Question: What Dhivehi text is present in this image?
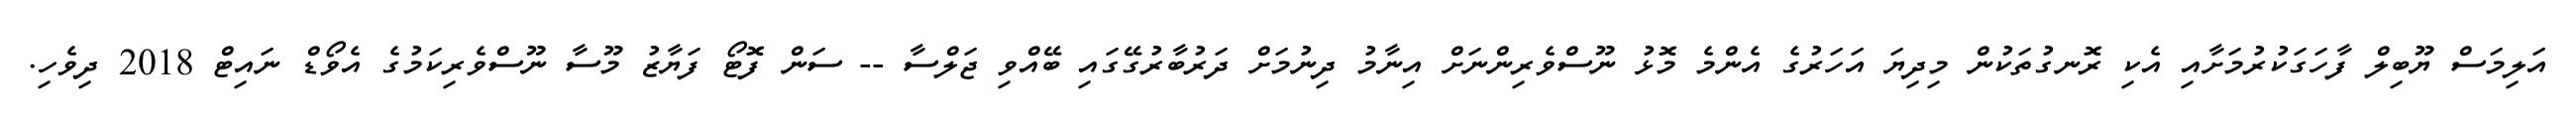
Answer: އަލިމަސް ޔޫބިލް ފާހަގަކުރުމަށާއި އެކި ރޮނގުތަކުން މިދިޔަ އަހަރުގެ އެންމެ މޮޅު ނޫސްވެރިންނަށް އިނާމު ދިނުމަށް ދަރުބާރުގޭގައި ބޭއްވި ޖަލްސާ -- ސަން ފޮޓޯ ފަޔާޒު މޫސާ ނޫސްވެރިކަމުގެ އެވޯޑް ނައިޓް 2018 ދިވެހި.